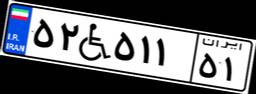
۵۲W۵۱۱۵۱